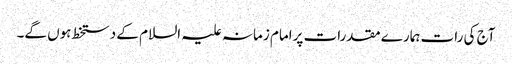
آج کی رات ہمارے مقدرات پرامام زمانہ علیہ السلام کے دستخط ہوں گے۔